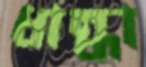
ধান্ধা